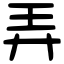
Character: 弄